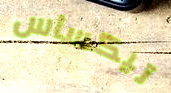
تيكساس